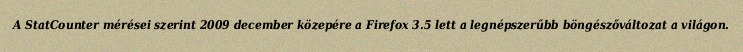
A StatCounter mérései szerint 2009 december közepére a Firefox 3.5 lett a legnépszerűbb böngészőváltozat a világon.